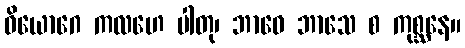
ဝိယောဂေ ကလဟေ ပါတု၊ ဘာဝေ ဘာသေ စ ကုစ္ဆနေ။